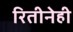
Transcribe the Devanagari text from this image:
रितीनेही